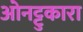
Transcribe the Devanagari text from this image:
ओनट्टुकारा